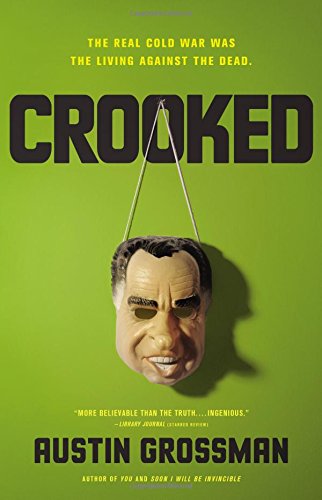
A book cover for Crooked; Austin Grossman; Science Fiction & Fantasy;